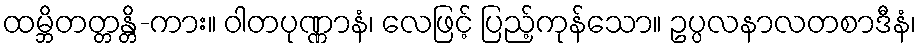
ထမ္ဘိတတ္တန္တိ-ကား။ ဝါတပုဏ္ဏာနံ၊ လေဖြင့် ပြည့်ကုန်သော။ ဥပ္ပလနာလတစာဒီနံ၊